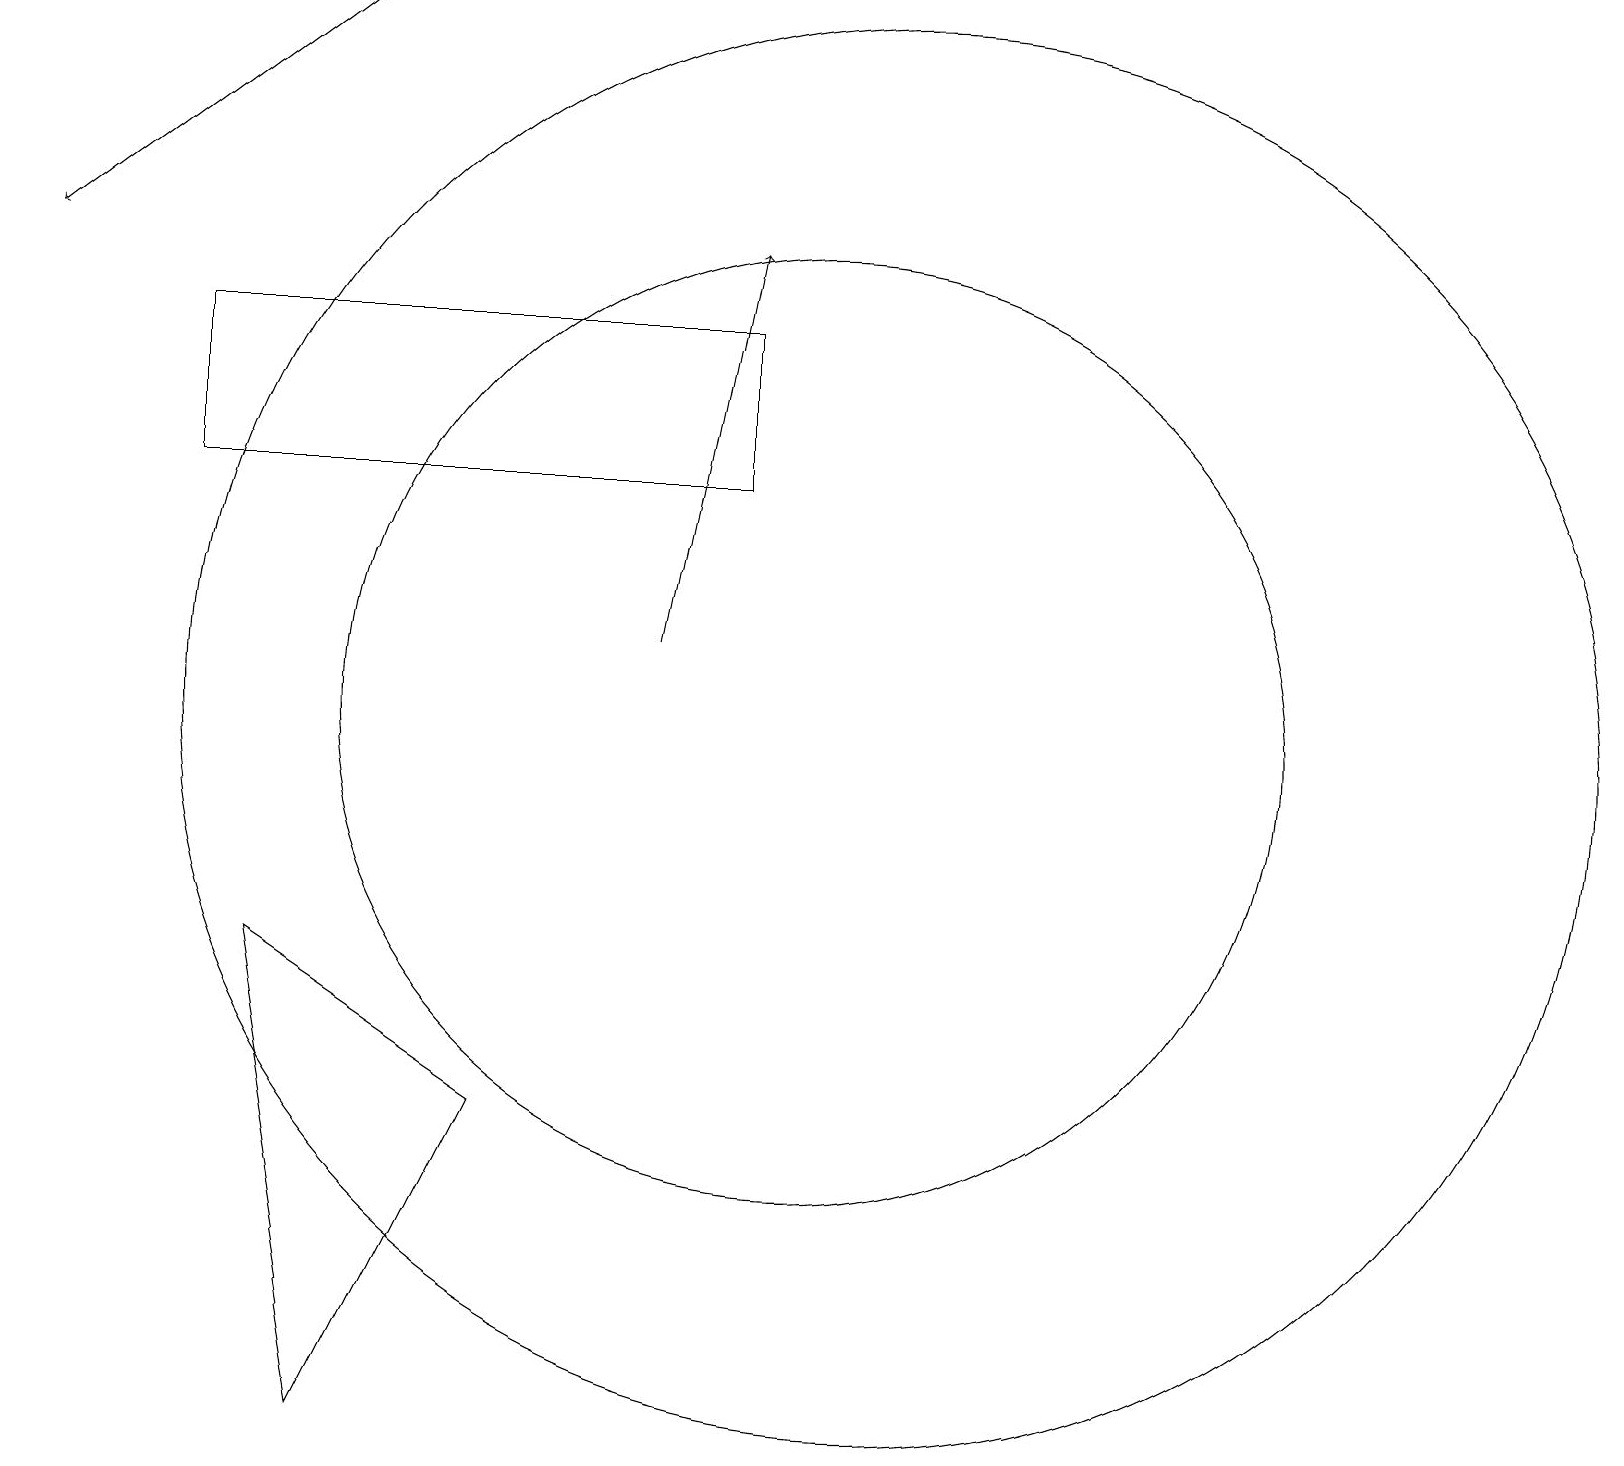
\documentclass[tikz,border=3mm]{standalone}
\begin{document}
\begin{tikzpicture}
\draw[->] (4,19) -- (0,16);
\draw (4,1) -- (6,5) -- (3,7) -- cycle;
\draw (10,10) circle (6);
\draw[->] (8,11) -- (9,16);
\draw (11,10) circle (9);
\draw (9,15) rectangle (2,13);
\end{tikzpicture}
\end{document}